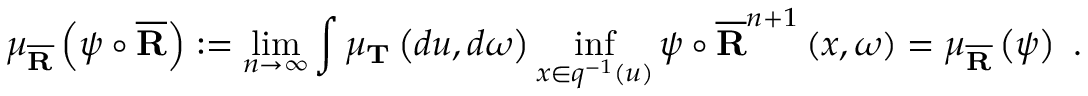
\mu _ { \overline { { \mathbf { R } } } } \left( \psi \circ \overline { { \mathbf { R } } } \right) : = \operatorname* { l i m } _ { n \rightarrow \infty } \int \mu _ { \mathbf { T } } \left( d u , d \omega \right) \operatorname* { i n f } _ { x \in q ^ { - 1 } \left( u \right) } \psi \circ \overline { { \mathbf { R } } } ^ { n + 1 } \left( x , \omega \right) = \mu _ { \overline { { \mathbf { R } } } } \left( \psi \right) \ .